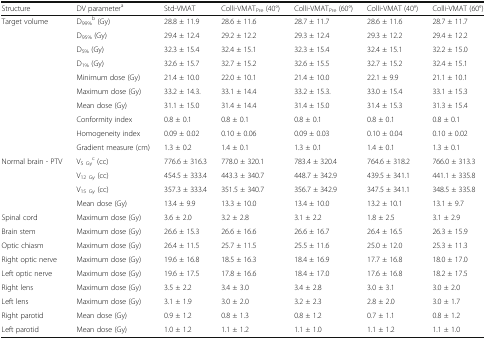
<table><thead><tr><td><b>Structure</b></td><td><b>DV parameter<sup>a</sup></b></td><td><b>Std-VMAT</b></td><td><b>Colli-VMAT<sub>Pre</sub> (40°)</b></td><td><b>Colli-VMAT<sub>Pre</sub> (60°)</b></td><td><b>Colli-VMAT (40°)</b></td><td><b>Colli-VMAT (60°)</b></td></tr></thead><tbody><tr><td rowspan="10">Target volume</td><td>D<sub>99%</sub><sup>b</sup> (Gy)</td><td>28.8 ± 11.9</td><td>28.6 ± 11.6</td><td>28.7 ± 11.7</td><td>28.6 ± 11.6</td><td>28.7 ± 11.7</td></tr><tr><td>D<sub>95%</sub> (Gy)</td><td>29.4 ± 12.4</td><td>29.2 ± 12.2</td><td>29.3 ± 12.4</td><td>29.3 ± 12.2</td><td>29.4 ± 12.2</td></tr><tr><td>D<sub>5%</sub> (Gy)</td><td>32.3 ± 15.4</td><td>32.4 ± 15.1</td><td>32.3 ± 15.4</td><td>32.4 ± 15.1</td><td>32.2 ± 15.0</td></tr><tr><td>D<sub>1%</sub> (Gy)</td><td>32.6 ± 15.7</td><td>32.7 ± 15.2</td><td>32.6 ± 15.5</td><td>32.7 ± 15.2</td><td>32.4 ± 15.1</td></tr><tr><td>Minimum dose (Gy)</td><td>21.4 ± 10.0</td><td>22.0 ± 10.1</td><td>21.4 ± 10.0</td><td>22.1 ± 9.9</td><td>21.1 ± 10.1</td></tr><tr><td>Maximum dose (Gy)</td><td>33.2 ± 14.3.</td><td>33.1 ± 14.4</td><td>33.2 ± 15.3.</td><td>33.0 ± 15.4</td><td>33.1 ± 15.3</td></tr><tr><td>Mean dose (Gy)</td><td>31.1 ± 15.0</td><td>31.4 ± 14.4</td><td>31.4 ± 15.0</td><td>31.4 ± 15.3</td><td>31.3 ± 15.4</td></tr><tr><td>Conformity index</td><td>0.8 ± 0.1</td><td>0.8 ± 0.1</td><td>0.8 ± 0.1</td><td>0.8 ± 0.1</td><td>0.8 ± 0.1</td></tr><tr><td>Homogeneity index</td><td>0.09 ± 0.02</td><td>0.10 ± 0.06</td><td>0.09 ± 0.03</td><td>0.10 ± 0.04</td><td>0.10 ± 0.02</td></tr><tr><td>Gradient measure (cm)</td><td>1.3 ± 0.2</td><td>1.4 ± 0.1</td><td>1.3 ± 0.1</td><td>1.4 ± 0.1</td><td>1.3 ± 0.1</td></tr><tr><td rowspan="4">Normal brain - PTV</td><td>V<sub>5 Gy</sub><sup>c</sup> (cc)</td><td>776.6 ± 316.3</td><td>778.0 ± 320.1</td><td>783.4 ± 320.4</td><td>764.6 ± 318.2</td><td>766.0 ± 313.3</td></tr><tr><td>V<sub>12 Gy</sub> (cc)</td><td>454.5 ± 333.4</td><td>443.3 ± 340.7</td><td>448.7 ± 342.9</td><td>439.5 ± 341.1</td><td>441.1 ± 335.8</td></tr><tr><td>V<sub>15 Gy</sub> (cc)</td><td>357.3 ± 333.4</td><td>351.5 ± 340.7</td><td>356.7 ± 342.9</td><td>347.5 ± 341.1</td><td>348.5 ± 335.8</td></tr><tr><td>Mean dose (Gy)</td><td>13.4 ± 9.9</td><td>13.3 ± 10.0</td><td>13.4 ± 10.0</td><td>13.2 ± 10.1</td><td>13.1 ± 9.7</td></tr><tr><td>Spinal cord</td><td>Maximum dose (Gy)</td><td>3.6 ± 2.0</td><td>3.2 ± 2.8</td><td>3.1 ± 2.2</td><td>1.8 ± 2.5</td><td>3.1 ± 2.9</td></tr><tr><td>Brain stem</td><td>Maximum dose (Gy)</td><td>26.6 ± 15.3</td><td>26.6 ± 16.6</td><td>26.6 ± 16.7</td><td>26.4 ± 16.5</td><td>26.3 ± 15.9</td></tr><tr><td>Optic chiasm</td><td>Maximum dose (Gy)</td><td>26.4 ± 11.5</td><td>25.7 ± 11.5</td><td>25.5 ± 11.6</td><td>25.0 ± 12.0</td><td>25.3 ± 11.3</td></tr><tr><td>Right optic nerve</td><td>Maximum dose (Gy)</td><td>19.6 ± 16.8</td><td>18.5 ± 16.3</td><td>18.4 ± 16.9</td><td>17.7 ± 16.8</td><td>18.0 ± 17.0</td></tr><tr><td>Left optic nerve</td><td>Maximum dose (Gy)</td><td>19.6 ± 17.5</td><td>17.8 ± 16.6</td><td>18.4 ± 17.0</td><td>17.6 ± 16.8</td><td>18.2 ± 17.5</td></tr><tr><td>Right lens</td><td>Maximum dose (Gy)</td><td>3.5 ± 2.2</td><td>3.4 ± 3.0</td><td>3.4 ± 2.8</td><td>3.0 ± 3.1</td><td>3.0 ± 2.0</td></tr><tr><td>Left lens</td><td>Maximum dose (Gy)</td><td>3.1 ± 1.9</td><td>3.0 ± 2.0</td><td>3.2 ± 2.3</td><td>2.8 ± 2.0</td><td>3.0 ± 1.7</td></tr><tr><td>Right parotid</td><td>Mean dose (Gy)</td><td>0.9 ± 1.2</td><td>0.8 ± 1.3</td><td>0.8 ± 1.2</td><td>0.7 ± 1.1</td><td>0.8 ± 1.2</td></tr><tr><td>Left parotid</td><td>Mean dose (Gy)</td><td>1.0 ± 1.2</td><td>1.1 ± 1.2</td><td>1.1 ± 1.0</td><td>1.1 ± 1.2</td><td>1.1 ± 1.0</td></tr></tbody></table>